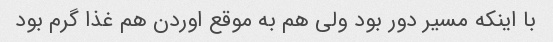
با اینکه مسیر دور بود ولی هم به موقع اوردن هم غذا گرم بود